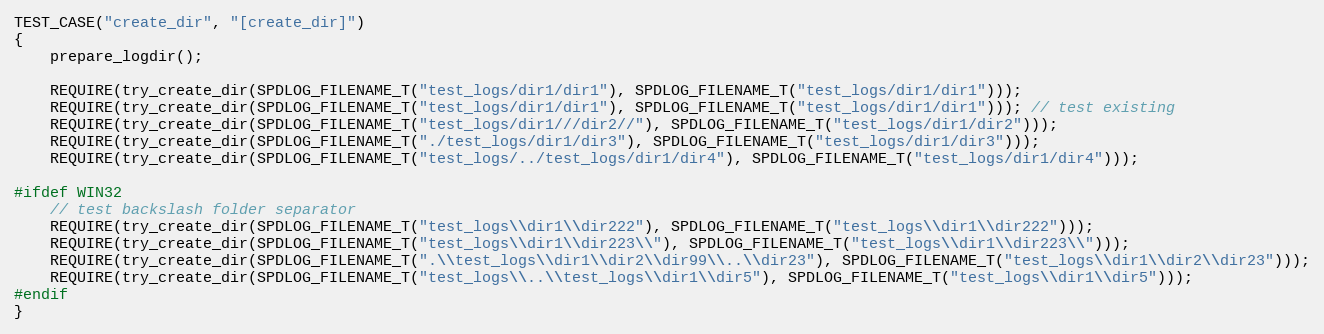
Language: C++
TEST_CASE("create_dir", "[create_dir]")
{
    prepare_logdir();

    REQUIRE(try_create_dir(SPDLOG_FILENAME_T("test_logs/dir1/dir1"), SPDLOG_FILENAME_T("test_logs/dir1/dir1")));
    REQUIRE(try_create_dir(SPDLOG_FILENAME_T("test_logs/dir1/dir1"), SPDLOG_FILENAME_T("test_logs/dir1/dir1"))); // test existing
    REQUIRE(try_create_dir(SPDLOG_FILENAME_T("test_logs/dir1///dir2//"), SPDLOG_FILENAME_T("test_logs/dir1/dir2")));
    REQUIRE(try_create_dir(SPDLOG_FILENAME_T("./test_logs/dir1/dir3"), SPDLOG_FILENAME_T("test_logs/dir1/dir3")));
    REQUIRE(try_create_dir(SPDLOG_FILENAME_T("test_logs/../test_logs/dir1/dir4"), SPDLOG_FILENAME_T("test_logs/dir1/dir4")));

#ifdef WIN32
    // test backslash folder separator
    REQUIRE(try_create_dir(SPDLOG_FILENAME_T("test_logs\\dir1\\dir222"), SPDLOG_FILENAME_T("test_logs\\dir1\\dir222")));
    REQUIRE(try_create_dir(SPDLOG_FILENAME_T("test_logs\\dir1\\dir223\\"), SPDLOG_FILENAME_T("test_logs\\dir1\\dir223\\")));
    REQUIRE(try_create_dir(SPDLOG_FILENAME_T(".\\test_logs\\dir1\\dir2\\dir99\\..\\dir23"), SPDLOG_FILENAME_T("test_logs\\dir1\\dir2\\dir23")));
    REQUIRE(try_create_dir(SPDLOG_FILENAME_T("test_logs\\..\\test_logs\\dir1\\dir5"), SPDLOG_FILENAME_T("test_logs\\dir1\\dir5")));
#endif
}